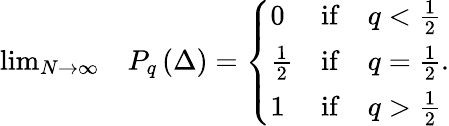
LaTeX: \begin{array}{rl}{\operatorname*{lim}_{N\to\infty}}&{{}P_{q}\left(\Delta\right)=\left\{ \begin{array}{lcc}{0}&{\mathrm{if}}&{q<\frac{1}{2}}\\ {\frac{1}{2}}&{\mathrm{if}}&{q=\frac{1}{2}}\\ {1}&{\mathrm{if}}&{q>\frac{1}{2}}\end{array}\right..}\end{array}